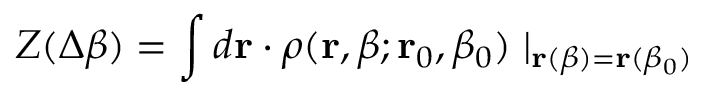
Z ( \Delta \beta ) = \int d { \bf r } \cdot \rho ( { \bf r } , \beta ; { \bf r } _ { 0 } , \beta _ { 0 } ) \mid _ { { \bf r } ( \beta ) = { \bf r } ( \beta _ { 0 } ) }